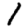
Digit: 1